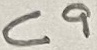
Text: C9